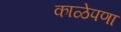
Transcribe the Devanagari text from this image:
काळेपणा